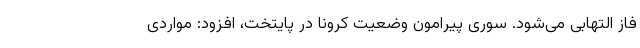
فاز التهابی می‌شود. سوری پیرامون وضعیت کرونا در پایتخت، افزود: مواردی